Leningradi_Edasi_toimetus, lk 15
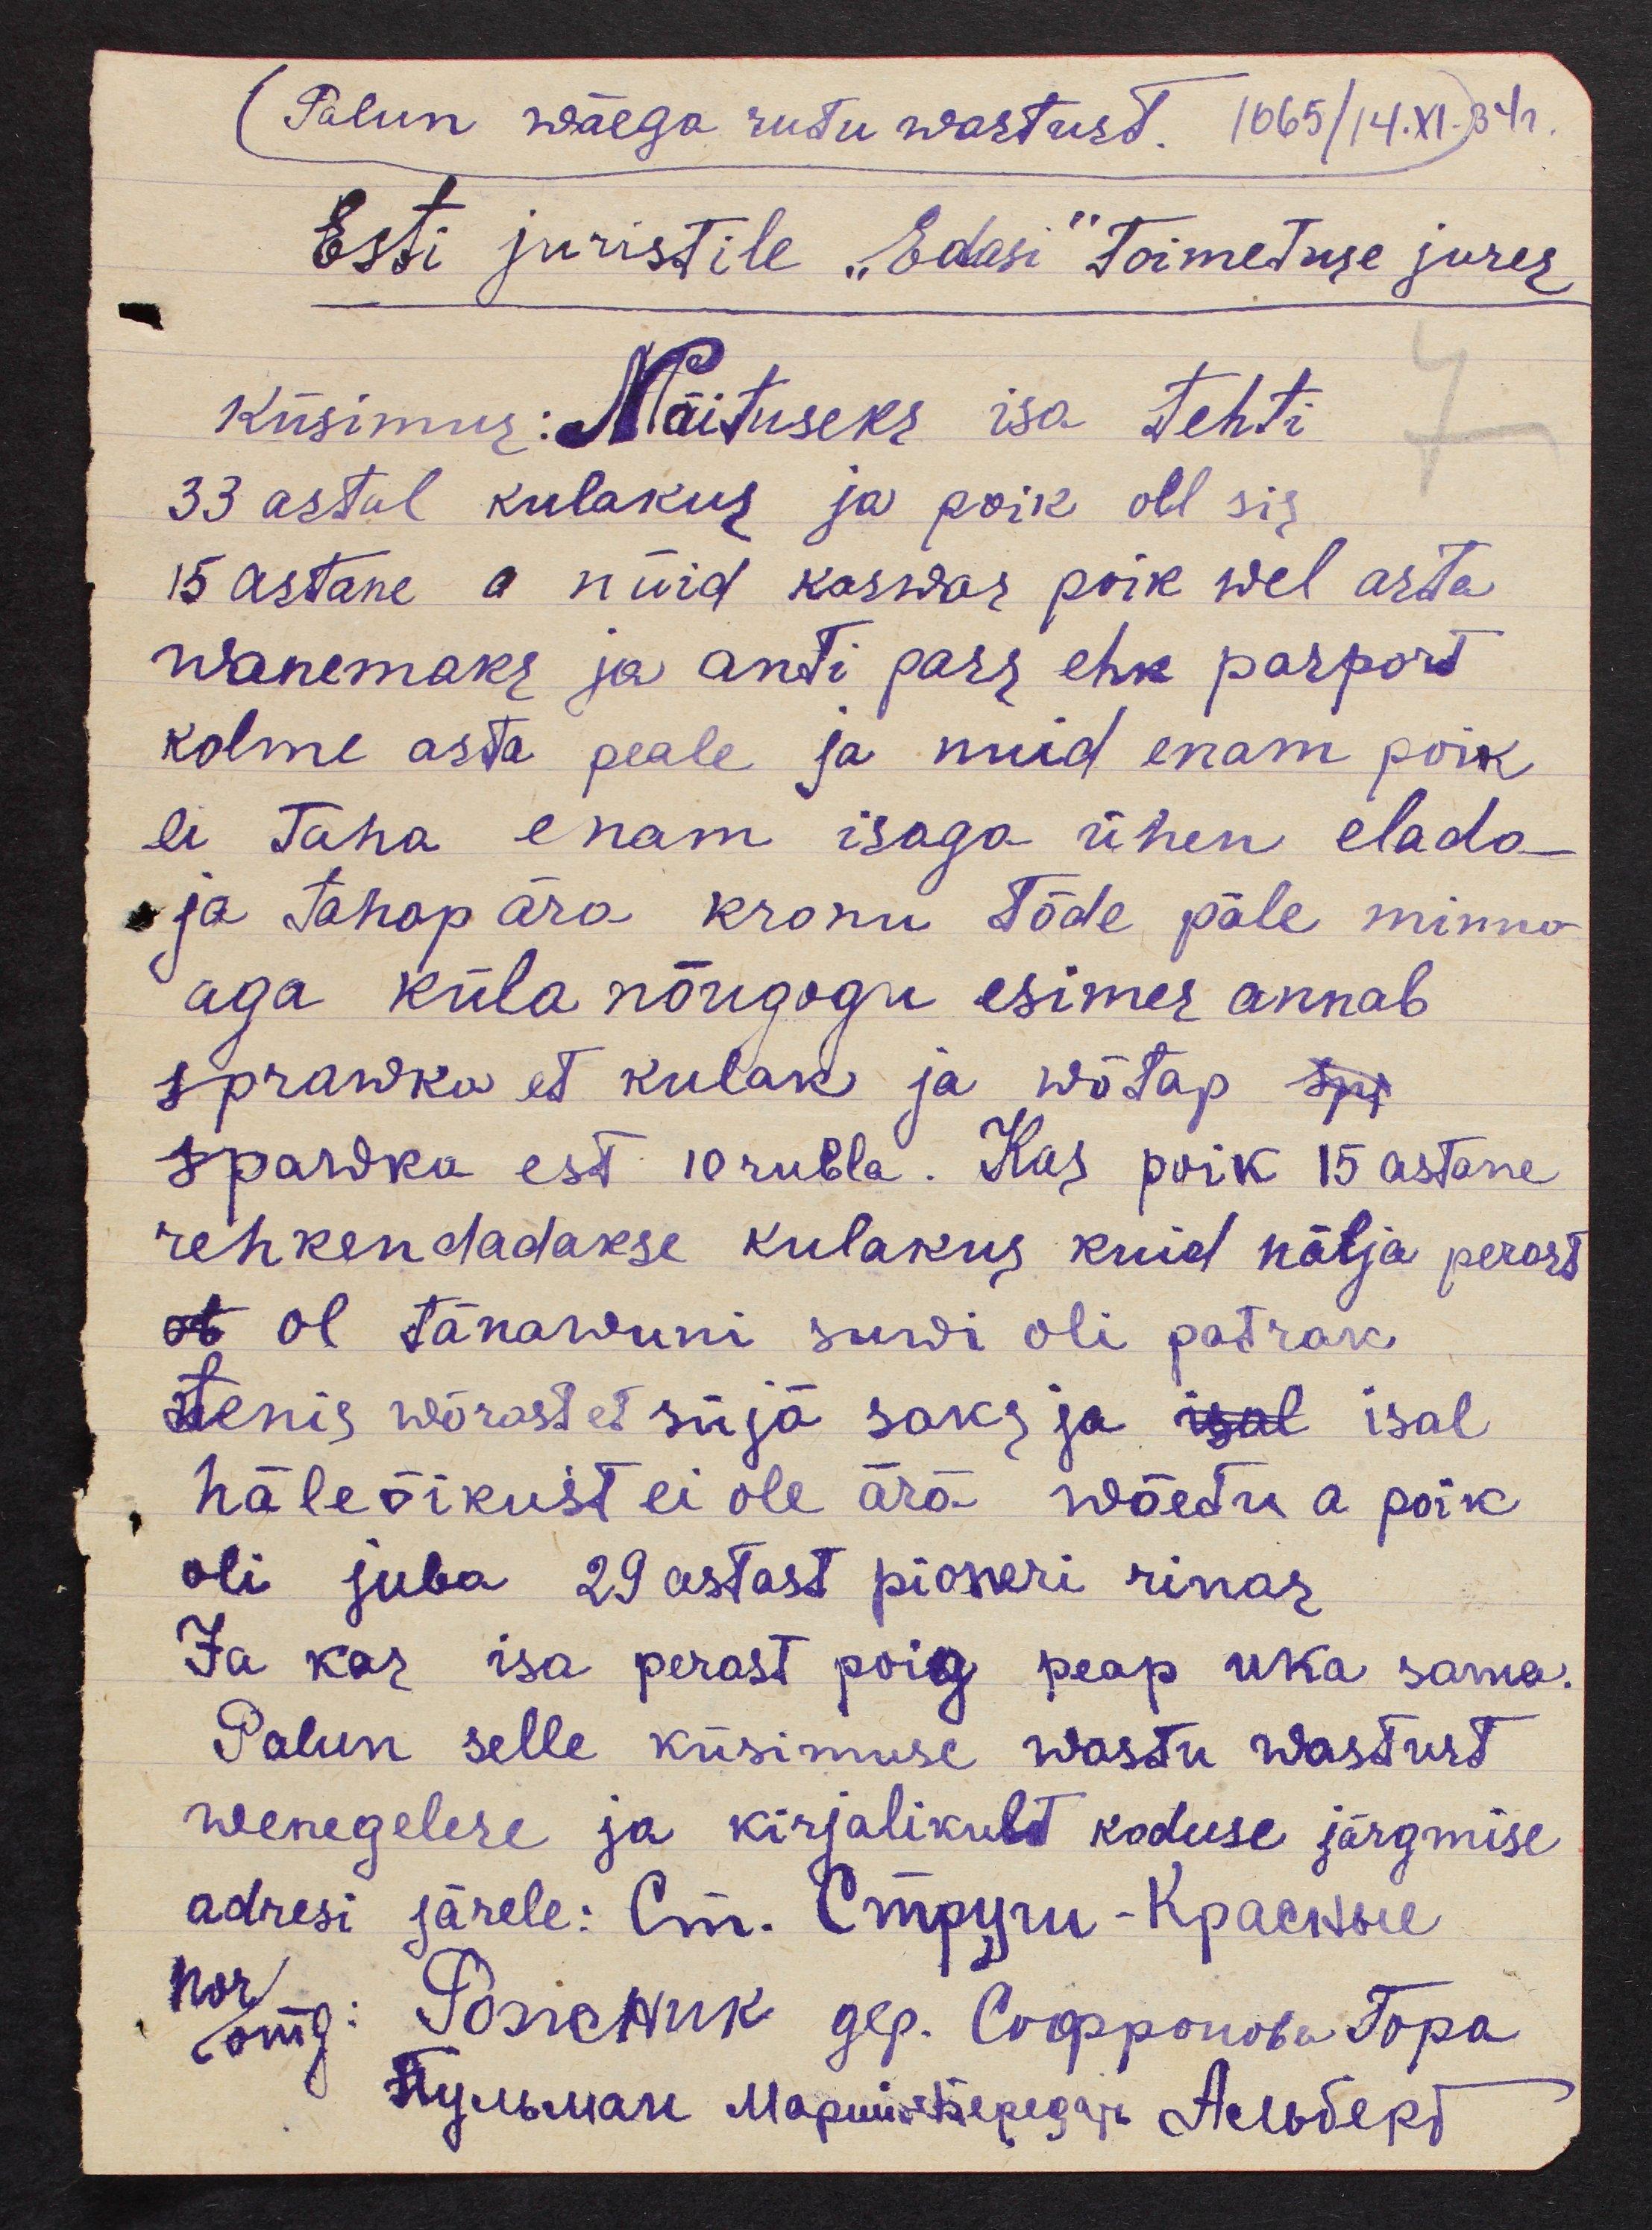
(Palun wäega rutu wastust. 1065/14.XI.34г.
Esti juristile "Edasi" Toimetuse jures
Küsimus: Näituseks isa tehti
33 astal kulakus ja poik oll sis
15 astane a nüid kaswas poik wel asta
wanemaks ja anti pass ehk pasport
kolme asta peale ja nuid enam poik
ei taha enam isaga ühen elada_
ja tahap ära kronu tõde päle minno
aga küla nõugogu esimes annab
sprawka et kulak ja wõtap spr
spawka eest 10 rubla. Kas poik 15 astane
rehkendadakse kulakus kuid nälja perast
ot tänawuni suwi oli patrak
tenis wõrast et süjä saks ja isal isal
häleõikust ei ole ärä wõetu a poik
oli juba 29 astast pioneri rinas
Ja kas isa perast poig peap uka sama.
Palun selle küsimuse wastu wastust
wenegelese ja kirjalikult koduse järgmise
adresi järele: